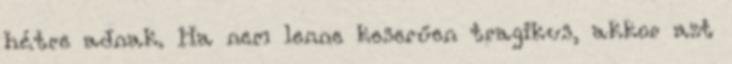
hétre adnak. Ha nem lenne keserűen tragikus, akkor azt